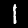
Digit: 1